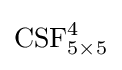
{\text{CSF}}_{5\times 5}^{4}